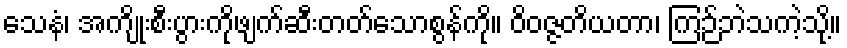
သေနံ၊ အကျိုးစီးပွားကိုဖျက်ဆီးတတ်သောစွန်ကို။ ဝိဝဇ္ဇတိယတာ၊ ကြဉ်ဘဲသကဲ့သို့။